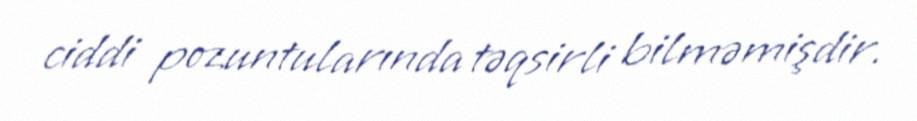
ciddi pozuntularında təqsirli bilməmişdir.